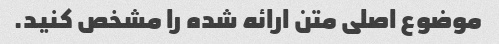
موضوع اصلی متن ارائه شده را مشخص کنید.